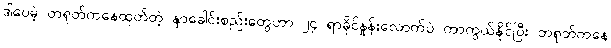
ဒါပေမဲ့ တရုတ်ကနေထုတ်တဲ့ နှာခေါင်းစည်းတွေဟာ ၂၄ ရာခိုင်နှုန်းလောက်ပဲ ကာကွယ်နိုင်ပြီး တရုတ်ကနေ